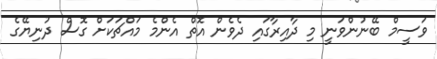
ވަސީމް ބޭނުންވަނީ މި ދާއިރާގައި ދެވެން އޮތް އެންމެ މައްޗަކަށް ގޮސް ދުނިޔޭގެ